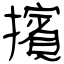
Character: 擯